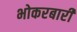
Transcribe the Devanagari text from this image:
भोकरबारी